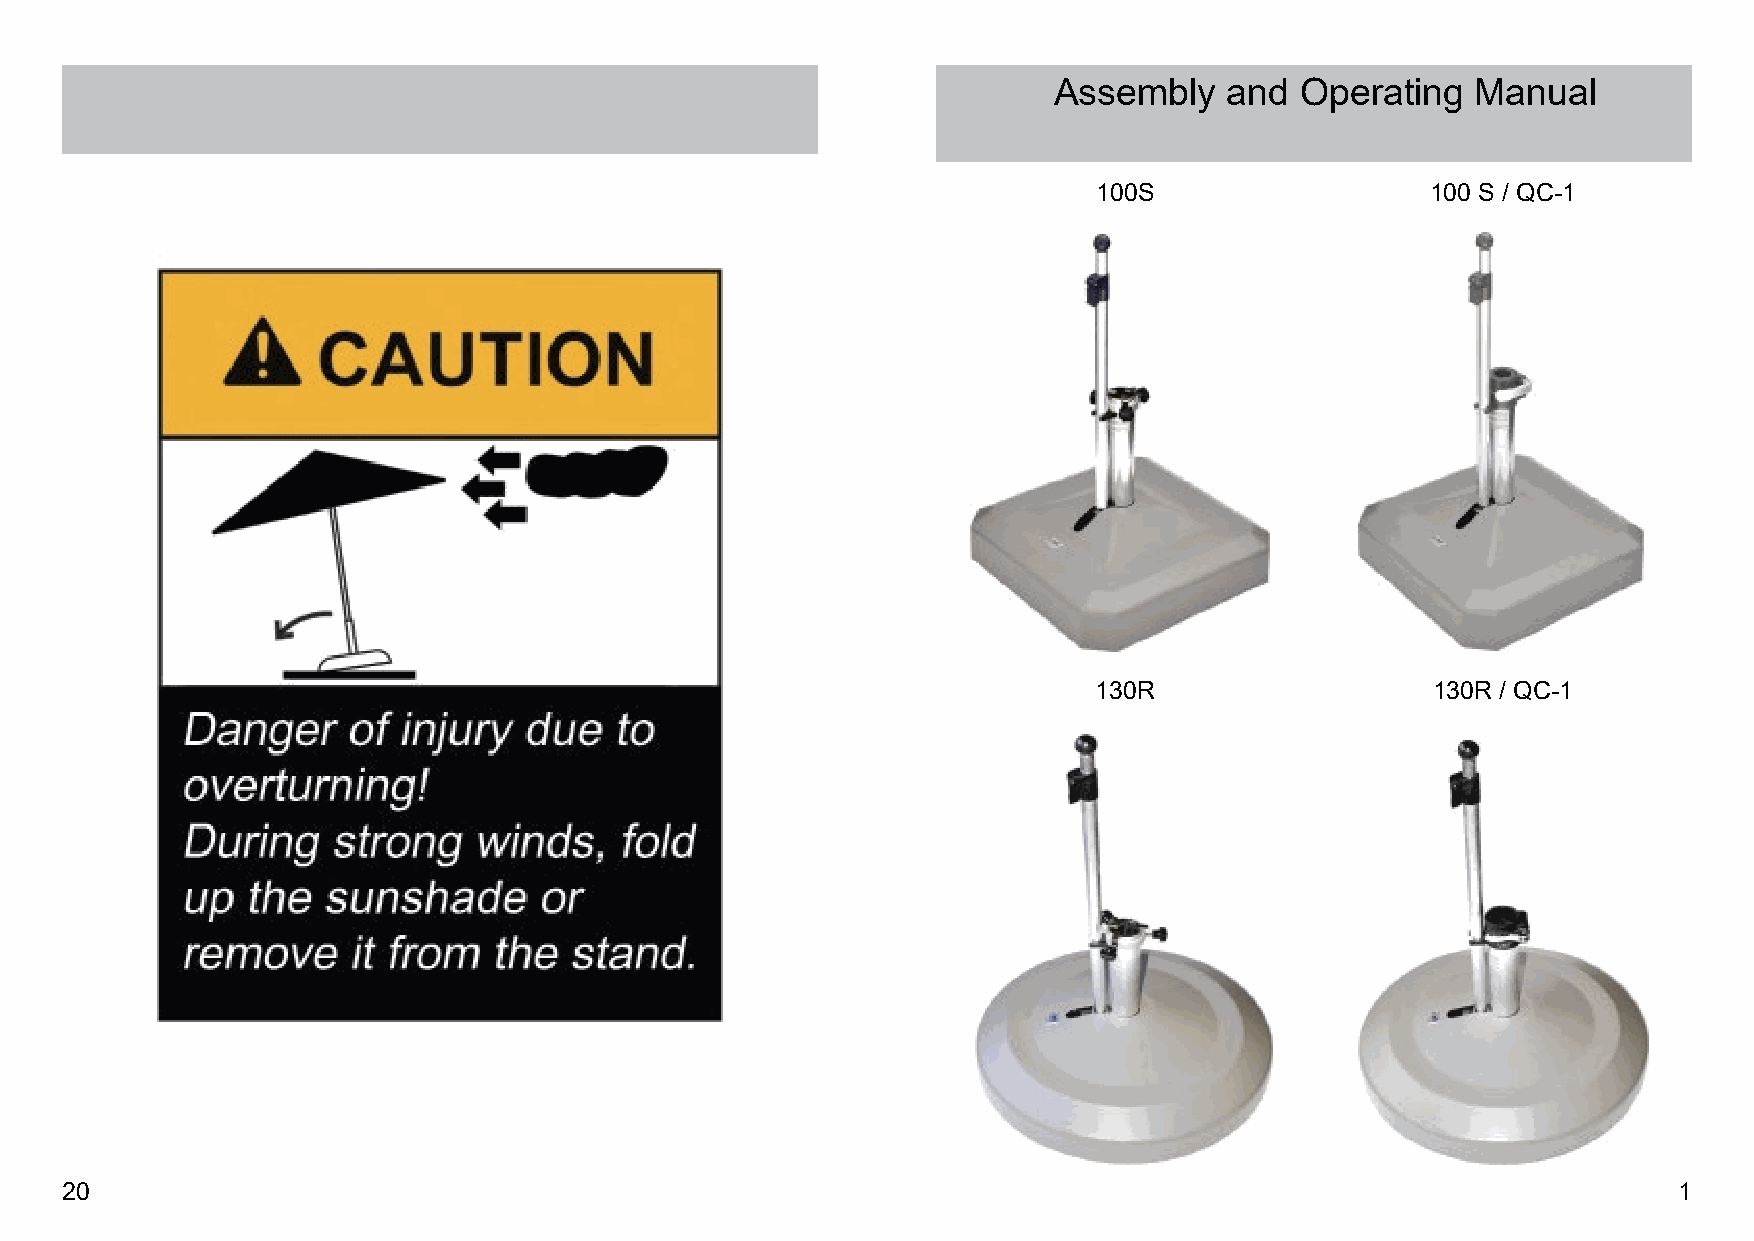
Assembly   and  Operating   Manual
 100S                  100 S / QC-1
 130R                  130R / QC-1
 20                                                                                                         1